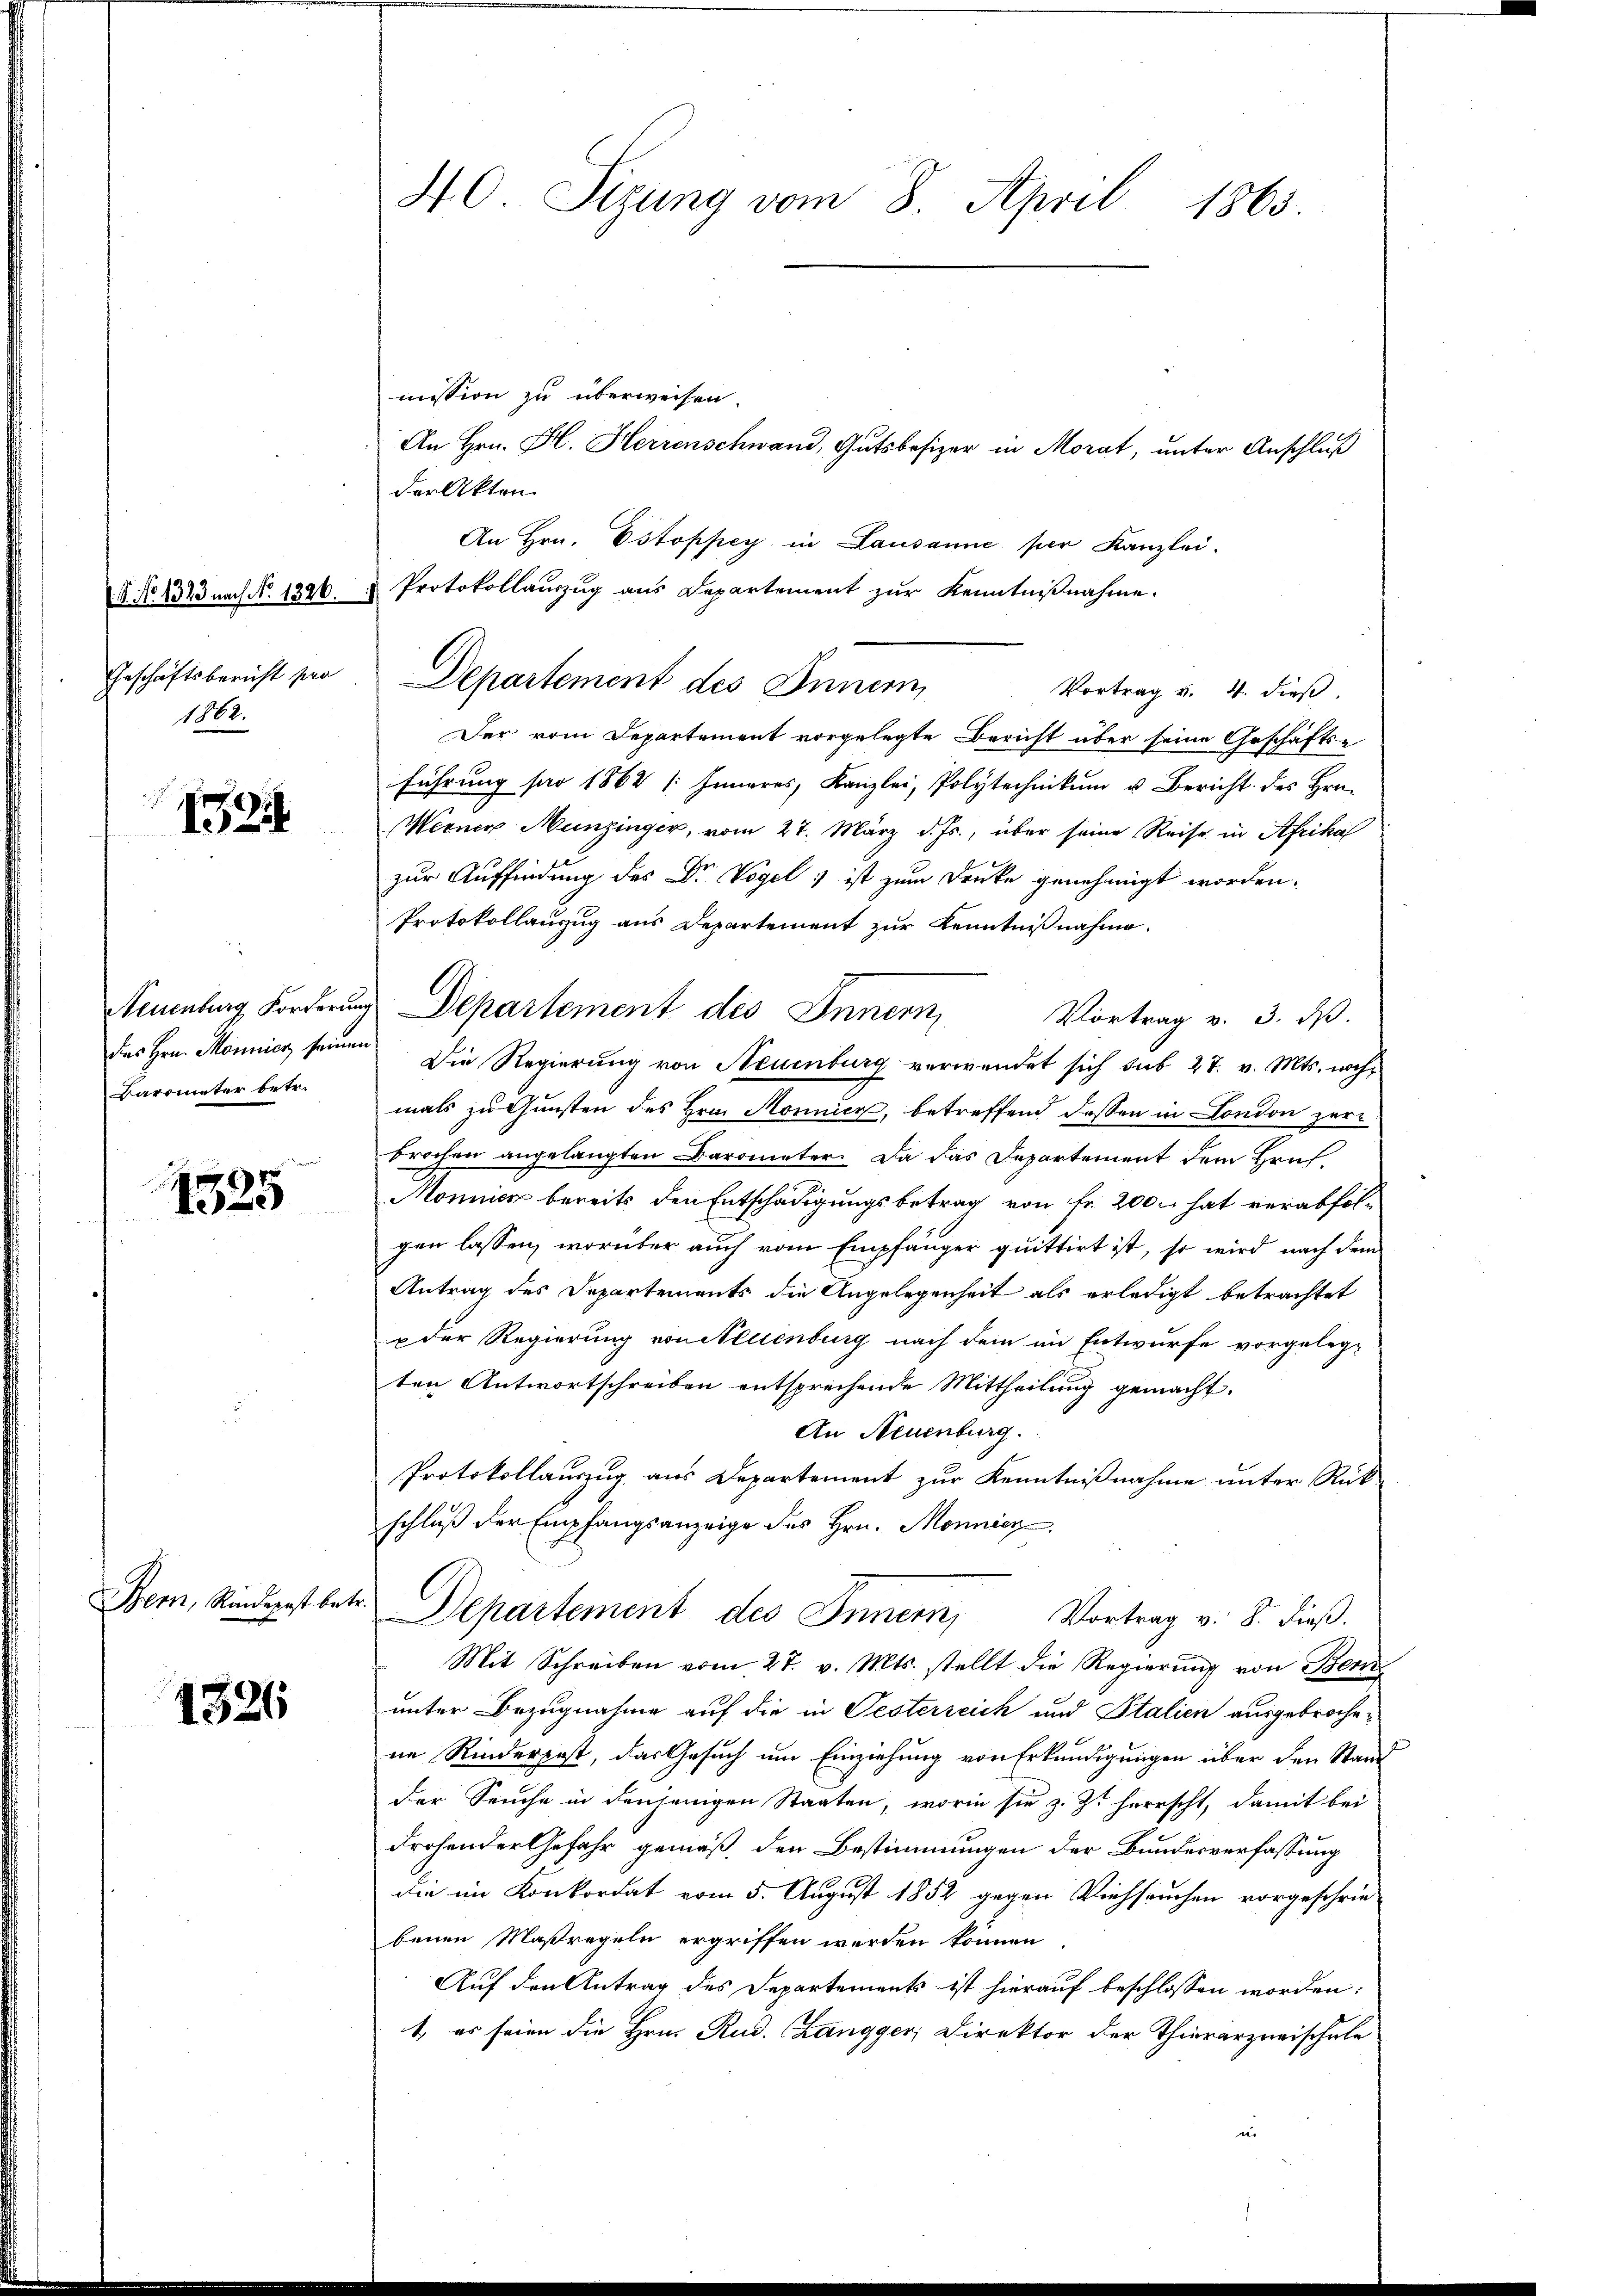
Geschäftsbericht pro
1862.

1595

Das Hrn. Monnier seinen
Barometer betr.

1525

Bern, Rindepost betr

1326

40 Sizung vom 8. April 1863.

mission zu überweisen.
An Hrn. H. Herrenschwand, Gutsbesizer in Morat, unter Anschluß
der Akten.
An Hrn. Estoppey in Lausanne per Kanzlei-
G. No. 1823 nach No. 1386. " Protokollauszug aus Departement zur Kenntnißnahme.
Departement des Innern
Vortrag v. 4. dieß,
Der vom Departement vorgelegte Bericht über seine Geschäfts-
führung pro 1862 / Inneres, Kanzlei, Polytechnikum u. Bericht des Hrn.
Miener Munzinger, vom 27. März d. Js., über seine Reise in Afrika
zur Auffindung des Dr Vogel ist zum Drecke genehmigt worden.
Protokollauzug aus Departement zur Kenntnißnahme.
Neuenburg Forderung Departement des Innern,
Vortrag v. 3. ds.
Die Regierung von Neuenburg verwendet sich sub 27. v. Mts. nochmals zu Gunsten des Hrn. Monnier, betreffend dassen in London zur
brochen angelangten Barometer. Da das Departement dem Hruf¬
Monnier bereits den Entschädigungsbetrag von Fr. 200. hat verabfolgen lassen, worüber auch vom Empfänger quittirt ist, so wird nach dem
Antrag des Departements die Angelegenheit als erledigt betrachtet
p der Regierung von Neuenburg nach dem im Entwurfe vorgeleg-
ten Antwortschreiben entsprechende Mittheilung gemacht.
An Neuenburg.
Protokollauszug aus Departement zur Kenntnißnahme unter Rück-
schluß der Empfangsanzeige des Hrn. Monnier
Departement des Innern, Vortrag v. 8. dieß.
Mit Schreiben vom 27. v. Mts. stellt die Regierung von Ber
unter Bezugnahme auf die in Testerreich und Italien ausgebrochene Rinderpost, das Gesuch um Einziehung von Erkundigungen über den Stand
der Seuche in denjenigen Staaten, worin sie z. Zt. herrscht, damit bei
drohender Gefahr gemäß den Bestimmungen der Bundesverfassung
die im Konkordat vom 5. August 1852 gegen Viehseuchen vorgeschrie-
benen Maßregeln ergriffen werden können.
Auf den Antrag des Departements ist hierauf beschlossen worden:
1, es seien die Hrn. Rud. Zangger, Direktor der Thierarzneischule
n.